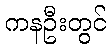
ကနဦးတွင်